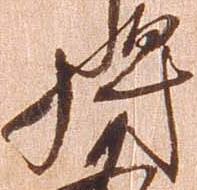
将